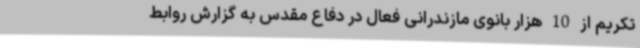
تکریم از 10 هزار بانوی مازندرانی فعال در دفاع مقدس به گزارش روابط